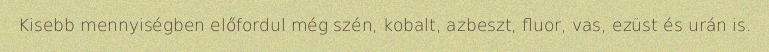
Kisebb mennyiségben előfordul még szén, kobalt, azbeszt, fluor, vas, ezüst és urán is.